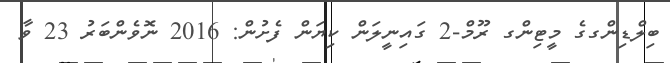
ބިލްޑިންގގެ މީޓިންގ ރޫމް-2 ގައިނީލަން ކިޔަން ފެށުން: 2016 ނޮވެންބަރު 23 ވާ